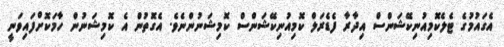
އެގައުމުގެ ޓެލެކޮމިއުނިކޭޝަންސް އިދާރާ ފެޑެރަލް ކޮމިއުނިކޭޝަންސް ކޮމިޝަނުންނެވެ. އެގޮތުން އެ ކޮމިޝަނުން ހާމަކޮށްފައިވަނީ